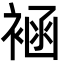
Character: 䘶